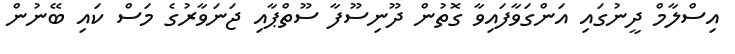
އިސްލާމް ދީނުގައި އަންގަވާފައިވާ ގޮތުން ދޫނިސޫފާ ސޫތްޕާއި ޖަނަވާރުގެ މަސް ކައި ބޭނުން